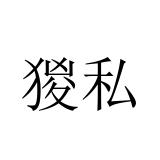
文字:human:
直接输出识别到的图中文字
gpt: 猣私